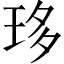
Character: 𤥀